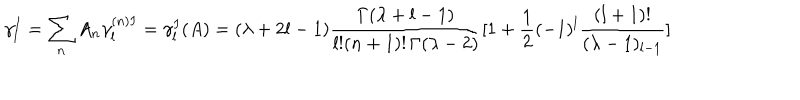
\gamma _ { l } ^ { I } = \sum _ { n } A _ { n } \gamma _ { l } ^ { ( n ) I } = \gamma _ { l } ^ { I } ( A ) = ( \lambda + 2 l - 1 ) \frac { \Gamma ( \lambda + l - 1 ) } { l ! ( n + 1 ) ! \, \Gamma ( \lambda - 2 ) } [ 1 + \frac { 1 } { 2 } ( - 1 ) ^ { l } \frac { ( l + 1 ) ! } { ( \lambda - 1 ) _ { l - 1 } } ]